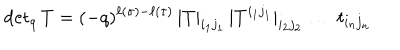
\mathrm { d e t } _ { q } \, T = ( - q ) ^ { \ell ( \sigma ) - \ell ( \tau ) } \, | T | _ { i _ { 1 } j _ { 1 } } \, | T ^ { i _ { 1 } j _ { 1 } } | _ { i _ { 2 } j _ { 2 } } \, \ldots \, t _ { i _ { n } j _ { n } }